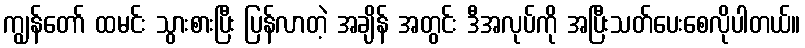
ကျွန်တော် ထမင်း သွားစားပြီး ပြန်လာတဲ့ အချိန် အတွင်း ဒီအလုပ်ကို အပြီးသတ်ပေးစေလိုပါတယ်။